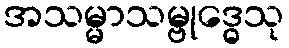
အသမ္မာသမ္ဗုဒ္ဓေသု